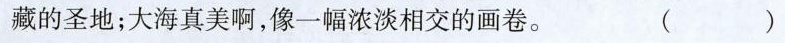
藏的圣地；大海真美啊，像一幅浓淡相交的画卷。（）